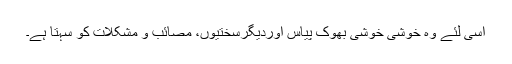
اسی لئے وہ خوشی خوشی بھوک پیاس اوردیگرسختیوں، مصائب و مشکلات کو سہتا ہے۔